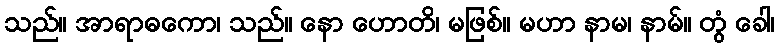
သည်။ အာရာဓကော၊ သည်။ နော ဟောတိ၊ မဖြစ်။ မဟာ နာမ၊ နာမ်။ တွံ ခေါ၊